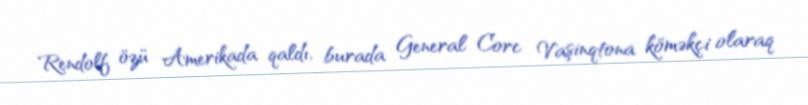
Rendolf özü Amerikada qaldı, burada General Corc Vaşinqtona köməkçi olaraq